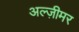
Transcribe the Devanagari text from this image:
अल्ज़ीमर